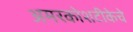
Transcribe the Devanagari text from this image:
अमरकोशटीकेचे